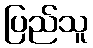
ပြည်သူ